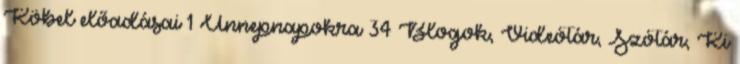
Köbel előadásai 1 Ünnepnapokra 34 Blogok, Videótár, Szótár, Ki